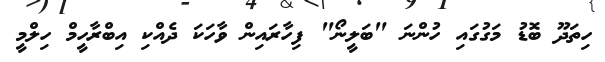
ހިތަދޫ ބޮޑު މަގުގައި ހުންނަ "ބަލީނޯ" ފިހާރައިން ވާހަކަ ދެއްކި އިބްރާހީމް ހިލްމީ